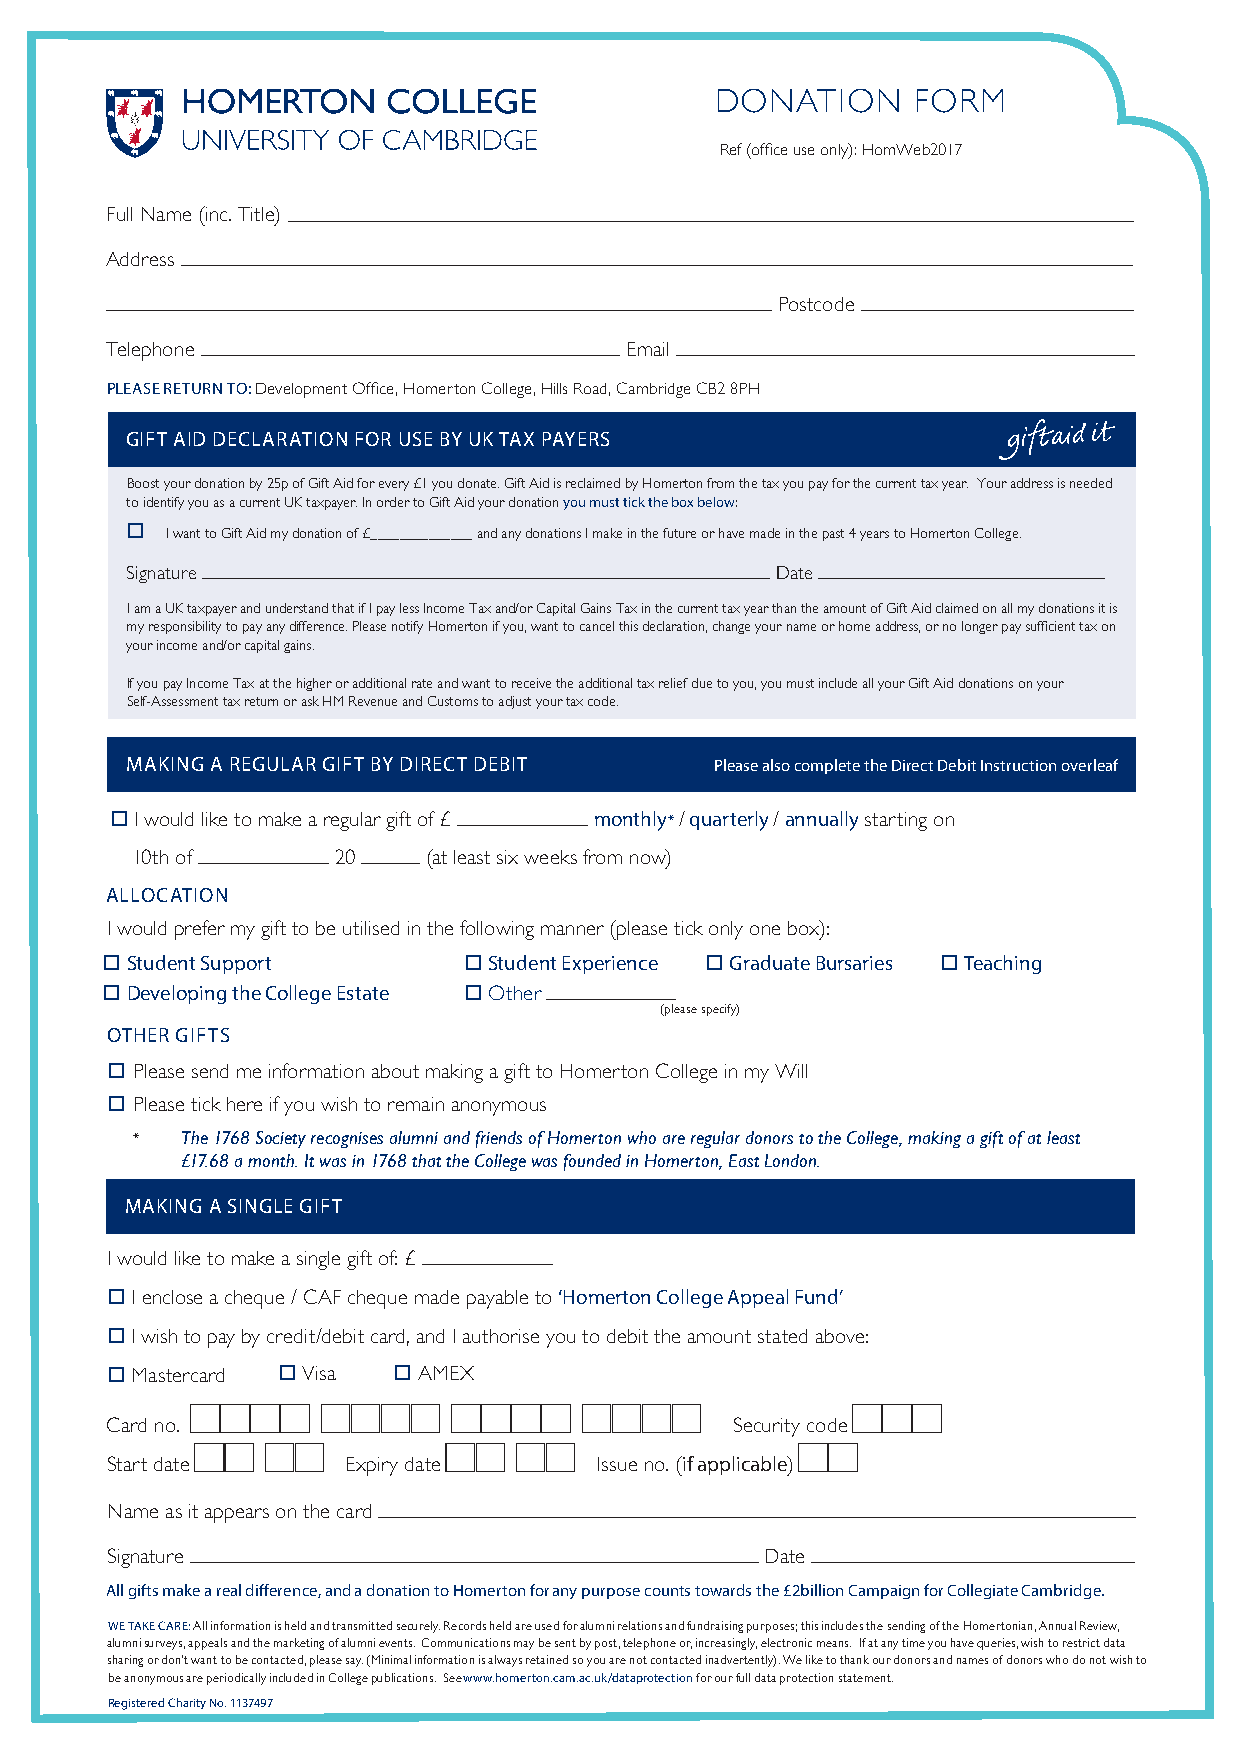
DONATION     FORM
 Ref (office use only): HomWeb2017
 Full Name (inc. Title)
 Address
 Postcode
 Telephone                         Email
 PLEASE RETURN TO: Development Office, Homerton College, Hills Road, Cambridge CB2 8PH
 GIFT AID DECLARATION FOR USE BY UK TAX PAYERS
 Boost your donation by 25p of Gift Aid for every £1 you donate. Gift Aid is reclaimed by Homerton from the tax you pay for the current tax year. Your address is needed
 to identify you as a current UK taxpayer. In order to Gift Aid your donation you must tick the box below:
 o  I want to Gift Aid my donation of £______________ and any donations I make in the future or have made in the past 4 years to Homerton College.
 Signature                                  Date
 I am a UK taxpayer and understand that if I pay less Income Tax and/or Capital Gains Tax in the current tax year than the amount of Gift Aid claimed on all my donations it is
 my responsibility to pay any difference. Please notify Homerton if you, want to cancel this declaration, change your name or home address, or no longer pay sufficient tax on
 your income and/or capital gains.
 If you pay Income Tax at the higher or additional rate and want to receive the additional tax relief due to you, you must include all your Gift Aid donations on your
 Self-Assessment tax return or ask HM Revenue and Customs to adjust your tax code.
 MAKING A REGULAR GIFT BY DIRECT DEBIT  P l e a s e a l so complete the Direct Debit Instruction overleaf
 o I would like to make a regular gift of £ monthly* / quarterly / annually starting on
 10th of      20    (at least six weeks from now)
 ALLOCATION
 I would prefer my gift to be utilised in the following manner (please tick only one box):
 o Student Support       o Student Experience o Graduate Bursaries o Teaching
 o Developing the College Estate o Other
 (please specify)
 OTHER GIFTS
 o Please send me information about making a gift to Homerton College in my Will
 o Please tick here if you wish to remain anonymous
 *  The 1768 Society recognises alumni and friends of Homerton who are regular donors to the College, making a gift of at least
 £17.68 a month. It was in 1768 that the College was founded in Homerton, East London.
 MAKING A SINGLE GIFT
 I would like to make a single gift of: £
 o I enclose a cheque / CAF cheque made payable to ‘Homerton College Appeal Fund’
 o I wish to pay by credit/debit card, and I authorise you to debit the amount stated above:
 o Mastercard o Visa o AMEX
 Card no.                                  Security code
 Start date      Expiry date      Issue no. (if applicable)
 Name as it appears on the card
 Signature                                   Date
 All gifts make a real difference, and a donation to Homerton for any purpose counts towards the £2billion Campaign for Collegiate Cambridge.
 WE TAKE CARE: All information is held and transmitted securely. Records held are used for alumni relations and fundraising purposes; this includes the sending of the Homertonian, Annual Review,
 alumni surveys, appeals and the marketing of alumni events. Communications may be sent by post, telephone or, increasingly, electronic means. If at any time you have queries, wish to restrict data
 sharing or don’t want to be contacted, please say. (Minimal information is always retained so you are not contacted inadvertently). We like to thank our donors and names of donors who do not wish to
 be anonymous are periodically included in College publications. See www.homerton.cam.ac.uk/dataprotection for our full data protection statement.
 Registered Charity No. 1137497